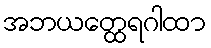
အဘယတ္ထေရဂါထာ